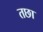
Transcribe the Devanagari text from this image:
तछा